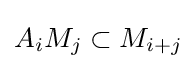
A_{i}M_{j}\subset M_{i+j}